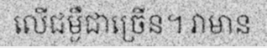
លើជម្ងឺជាច្រើន។ វាមាន